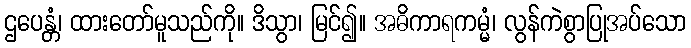
ဌပေန္တံ၊ ထားတော်မူသည်ကို။ ဒိသွာ၊ မြင်၍။ အဓိကာရကမ္မံ၊ လွန်ကဲစွာပြုအပ်သော